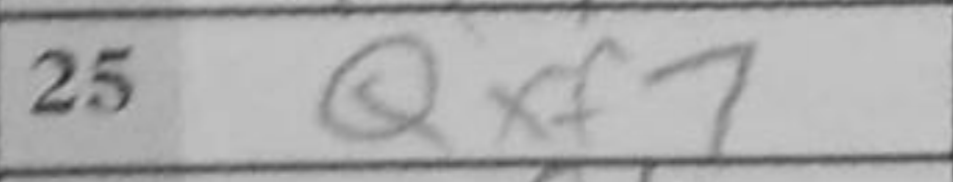
Transcription: Qxf7